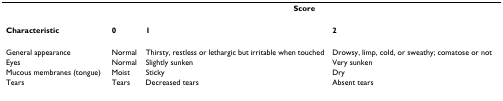
|  | <COLSPAN=3> Score |
 | --- | --- | --- | --- |
 | Characteristic | 0 | 1 | 2 |
 | General appearance | Normal | Thirsty, restless or lethargic but irritable when touched | Drowsy, limp, cold, or sweathy; comatose or not |
 | Eyes | Normal | Slightly sunken | Very sunken |
 | Mucous membranes (tongue) | Moist | Sticky | Dry |
 | Tears | Tears | Decreased tears | Absent tears |